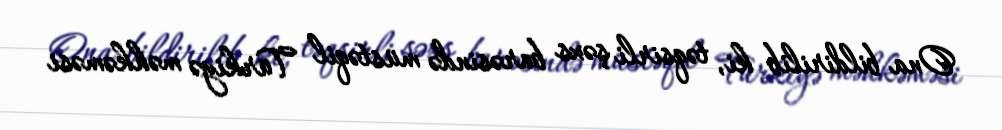
Ona bildirilib ki, təqsirli şəxs barəsində müstəqil Türkiyə məhkəməsi